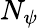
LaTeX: N_{\psi}